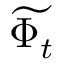
\widetilde { \Phi _ { t } }